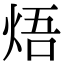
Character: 焐